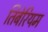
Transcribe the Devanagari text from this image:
तिबेरियम